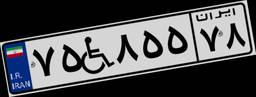
۷۵W۸۵۵۷۸